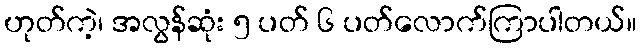
ဟုတ်ကဲ့၊ အလွန်ဆုံး ၅ ပတ် ၆ ပတ်လောက်ကြာပါတယ်။